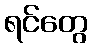
ရင်တွေ